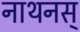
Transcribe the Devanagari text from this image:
नाथनस्